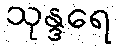
သုန္ဒရေ